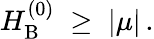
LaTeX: H_{\mathrm{B}}^{(0)}\; \geq\; |\mu|\, .